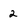
Character: 2